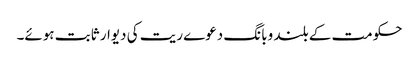
حکومت کے بلند وبانگ دعوے ریت کی دیوار ثابت ہوئے۔